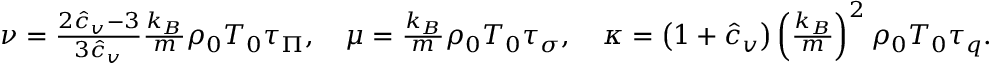
\begin{array} { r l } & { \nu = \frac { 2 \hat { c } _ { v } - 3 } { 3 \hat { c } _ { v } } \frac { k _ { B } } { m } \rho _ { 0 } T _ { 0 } \tau _ { \Pi } , \ \ \ \mu = \frac { k _ { B } } { m } \rho _ { 0 } T _ { 0 } \tau _ { \sigma } , \ \ \ \kappa = \left( 1 + \displaystyle { \hat { c } _ { v } } \right) \left( \frac { k _ { B } } { m } \right) ^ { 2 } \rho _ { 0 } T _ { 0 } \tau _ { q } . } \end{array}